Report on sanitation, dispensaries, and jails in Rajputana for 1919, and on vaccination for the year 1919-1920 - 1919-1920
Year: 1919
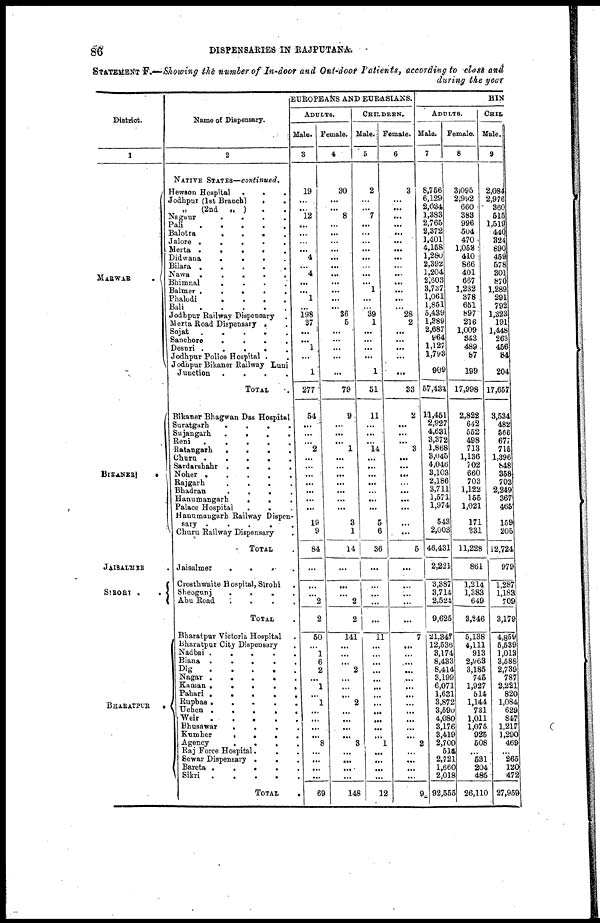
86
DISPENSARIES IN RAJPUTANA.
STATEMENT F.—Showing the number of In-door and Out-door Patients, according to class and
during the year
District.
1
MARWAR
.
BIKANER
.
JAISALMER
SIROHI .
.
BHARATPUR
.
Name of Dispensary.
2
NATIVE STATES—continued.
Hewson Hospital
.
.
.
Jodhpur (1st Branch)
. .
„
(2nd
„ ) . .
Nagaur
.
.
.
.
Pali
.
.
.
.
.
Balotra
.
.
. .
Jalore .
.
.
.
.
Merta .
.
.
.
Didwana
.
.
.
.
Bilara .
.
.
.
.
Nawa .
.
.
.
Bhimnal
. . . .
Balmer .
.
.
.
.
Phalodi
.
.
.
.
Bali
.
.
.
.
.
Jodhpur Railway Dispensary .
Merta Road Dispensary . .
Sojat
.
.
.
.
.
Sanchore
.
.
. .
Desuri .
.
.
.
.
Jodhpur Police Hospital . .
Jodhpur Bikaner Railway Luni
Junction
.
.
.
.
TOTAL .
Bikaner Bhagwan Das Hospital
Suratgarh
.
.
.
.
Sujangarh
.
.
.
.
Reni
.
.
.
.
.
Ratangarh
.
.
.
.
Churu .
.
.
.
.
Sardarshahr .
.
.
.
Noher .
.
.
.
.
Rajgarh
.
.
.
.
Bhadran
.
.
.
.
Hanumangarh
.
. .
Palace Hospital
.
. .
Hanumangarh Railway Dispen-
sary .
.
.
.
.
Churu Railway Dispensary .
TOTAL .
Jaisalmer
.
.
. .
Crosthwaite Hospital, Sirohi .
Sheogunj
.
.
.
.
Abu Road
.
.
.
.
TOTAL .
Bharatpur Victoria Hospital .
Bharatpur City Dispensary .
Nadbai .
.
.
.
.
Biana .
.
.
.
.
Dig
.
.
.
.
.
Nagar .
.
.
.
.
Kaman .
.
.
..
Pahari .
.
.
.
.
Rupbas .
.
.
.
.
Uchen .
.
.
.
.
Weir
.
.
.
.
.
Bhusawar
.
.
.
.
Kumher
.
.
.
.
Agency
.
. . .
Raj Force Hospital. . .
Sewar Dispensary . . .
Bareta .
.
.
.
.
Sikri
.
.
.
.
.
TOTAL
.
EUROPEANS AND EURASIANS.
ADULTS.
Male.
3
19
...
...
12
...
...
...
...
4
...
4
...
...
1
...
198
37
...
...
1
...
1
277
54
...
...
...
2
...
...
...
...
...
...
...
19
9
84
...
...
...
2
2
50
...
1
6
2
...
1
...
1
...
...
...
...
8
...
...
...
...
69
Female.
4
30
...
...
8
...
...
...
...
...
...
...
...
...
...
...
36
5
...
...
...
...
...
79
9
...
...
...
1
...
...
...
...
...
...
...
3
1
14
...
...
...
2
2
141
...
...
...
2
...
...
...
2
...
...
...
...
3
...
...
...
...
148
CHILDREN.
Male.
5
2
...
...
7
...
...
...
...
...
...
...
... 1
...
...
39
1
...
...
...
...
1
51
11
...
...
...
14
...
...
...
...
...
...
...
5
6
36
...
...
...
...
...
11
...
...
...
...
...
...
...
...
...
...
...
...
1
...
...
...
...
12
Female.
6
3
...
...
...
...
...
...
...
...
...
...
...
...
...
...
28
2
...
...
...
...
...
33
2
...
...
...
3
...
...
...
...
...
...
...
...
...
5
...
...
...
...
...
7
...
...
...
...
...
...
...
...
...
...
...
...
2
...
...
...
...
9
HIN
ADULTS.
Male.
7
8,756
6,129
2,034
1,383
2,765
2,372
1,401
4,158
1,280
2,392
1,204
2,603
3,737
1,061
11,851
5,439
1,389
2,687
964
1,127
1,793
909
57,434
11,451
2,927
4,631
3,372
1,868
3,045
4,046
3,103
2,186
3,711
1,571
1,974
543
2,003
46,431
2,221
3,387
3,714
2,524
9,625
21,347
12,536
3,174
8,433
8,414
3,199
6,071
1,631
3,872
3,590
4,080
3,176
3,419
2,700
514
2,721
1,660
2,018
92,555
Female.
8
3,095
2,992
660
383
996
504
470
1,053
410
866
401
667
1,232
378
651
897
216
1,009
343
489
87
199
17,998
2,822
642
552
498
713
1,136
702
660
703
1,122
155
1,021
171
331
11,228
861
1,214
1,383
649
3,246
5,138
4,111
913
2,963
3,185
745
1,927
514
1,144
731
1,011
1,075
925
508
...
531
204
485
26,110
CHIL
Male.
9
2,084
2,976
360
515
1,519
440
324
890
459
578
301
870
1,289
291
792
1,323
191
1,448
263
456
84
204
17,657
3,534
482
566
677
715
1,396
848
358
703
2,249
367
465
159
205
12,724
979
1,287
1,183
709
3,179
4,859
5,539
1,013
3,588
2,739
787
2,221
820
1,084
629
847
1,217
1,290
469
...
265
120
472
27,959